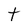
Character: t